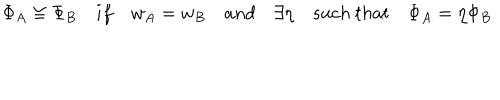
\Phi _ { A } \cong \Phi _ { B } \quad i f \quad w _ { A } = w _ { B } \quad a n d \quad \exists \eta \quad s u c h \ t h a t \quad \Phi _ { A } = \eta \Phi _ { B }